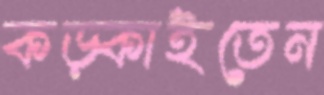
কড়্‌কাইতেন